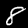
Label: 8